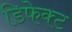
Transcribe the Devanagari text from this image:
डिफेक्‍ट